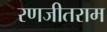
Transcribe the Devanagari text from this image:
रणजीतराम